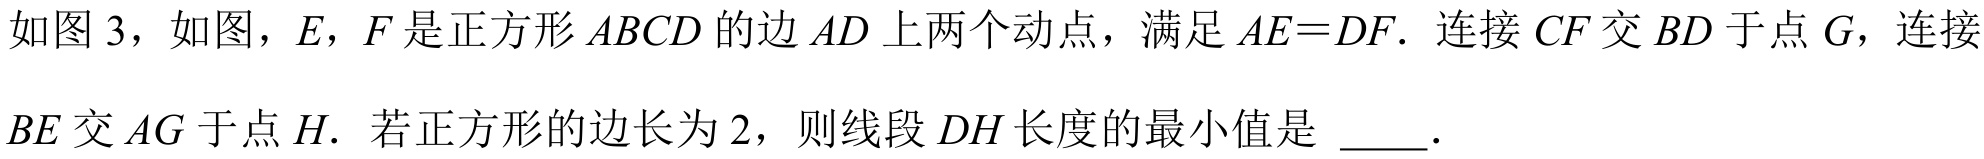
如图 3，如图，\(E\)，\(F\)是正方形\(ABCD\)的边\(AD\)上两个动点，满足\(AE = DF\). 连接\(CF\)交\(BD\)于点\(G\)，连接
\(BE\)交\(AG\)于点\(H\). 若正方形的边长为\(2\)，则线段\(DH\)长度的最小值是  .